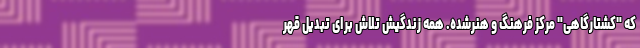
که "کشتارگاهی" مرکز فرهنگ و هنرشده. همه زندگیش تلاش برای تبدیل قهر